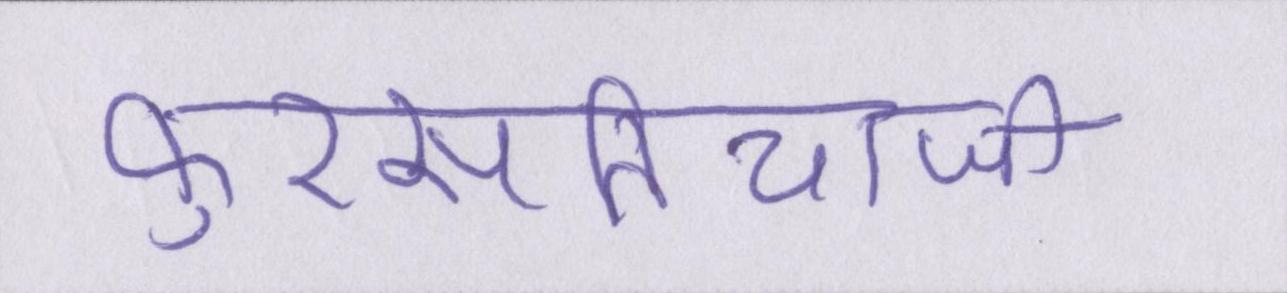
फुरसतियाजी